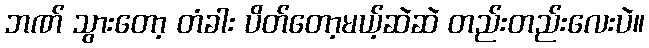
ဘဏ် သွားတော့ တံခါး ပိတ်တော့မယ့်ဆဲဆဲ တည်းတည်းလေးပဲ။